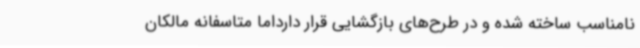
نامناسب ساخته شده و در طرح‌های بازگشایی قرار دارداما متاسفانه مالکان